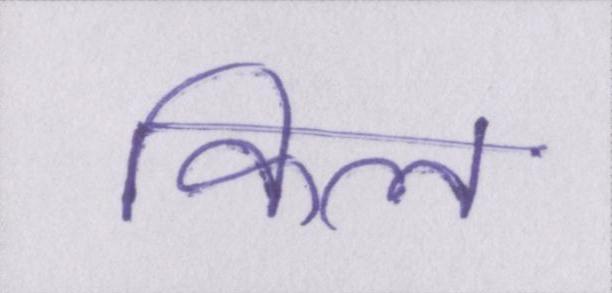
किल